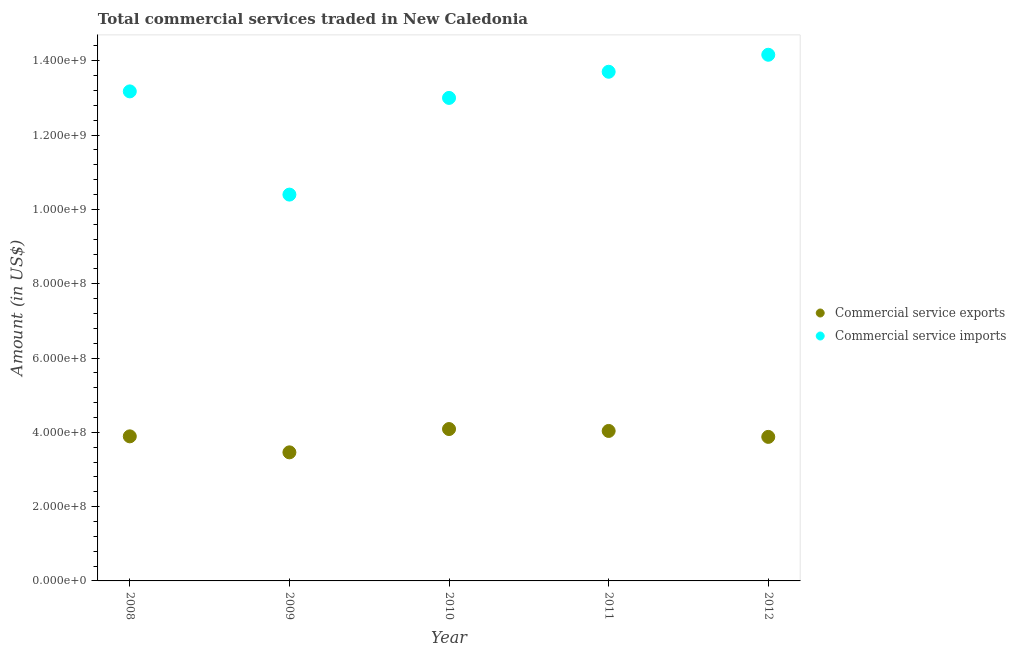
| Year | Commercial service exports | Commercial service imports |
 | --- | --- | --- |
 | 2008 | 3.89e+08 | 1.32e+09 |
 | 2009 | 3.46e+08 | 1.04e+09 |
 | 2010 | 4.09e+08 | 1.3e+09 |
 | 2011 | 4.04e+08 | 1.37e+09 |
 | 2012 | 3.88e+08 | 1.42e+09 |